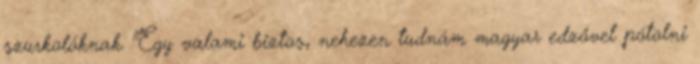
szurkolóknak. "Egy valami biztos, nehezen tudnám magyar edzővel pótolni